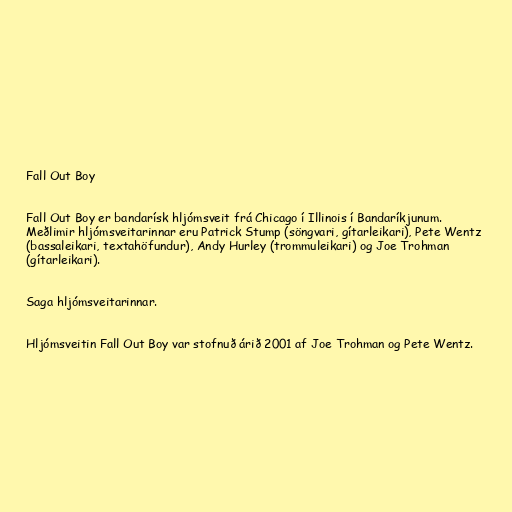
Fall Out Boy

Fall Out Boy er bandarísk hljómsveit frá Chicago í Illinois í Bandaríkjunum.
Meðlimir hljómsveitarinnar eru Patrick Stump (söngvari, gítarleikari), Pete Wentz
(bassaleikari, textahöfundur), Andy Hurley (trommuleikari) og Joe Trohman
(gítarleikari).

Saga hljómsveitarinnar.

Hljómsveitin Fall Out Boy var stofnuð árið 2001 af Joe Trohman og Pete Wentz.